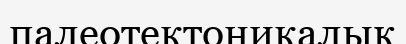
палеотектоникалық